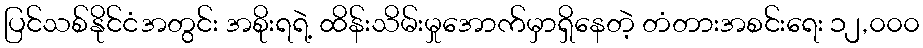
ပြင်သစ်နိုင်ငံအတွင်း အစိုးရရဲ့ ထိန်းသိမ်းမှုအောက်မှာရှိနေတဲ့ တံတားအစင်းရေး ၁၂,၀၀၀